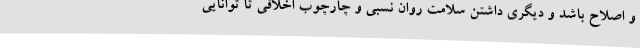
و اصلاح باشد و دیگری داشتن سلامت روان نسبی و چارچوب اخلاقی تا توانایی